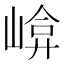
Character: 𡹮